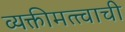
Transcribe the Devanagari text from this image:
व्यक्तीमत्त्वाची